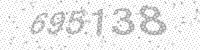
Solution: 695138